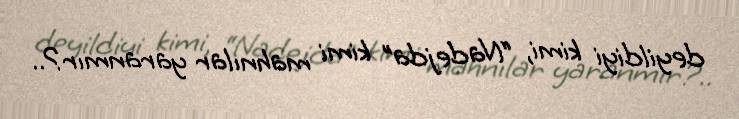
deyildiyi kimi, “Nadejda” kimi mahnılar yaranmır?..